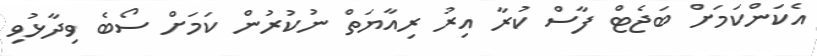
އެކަންކަމަށް ބަޖެޓް ފާސް ކުރާ އިރު ރިއާޔަތް ނުކުރުން ކަމަށް ސޯބެ ވިދާޅުވި